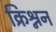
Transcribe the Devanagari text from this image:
क्रिश्नन